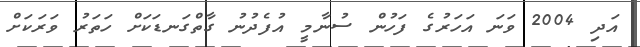
އަދި 2004 ވަނަ އަހަރުގެ ފަހުން ސުނާމީ އުފެދުނު ގާތްގަނޑަކަށް ހަތަރު ވަރަކަށް